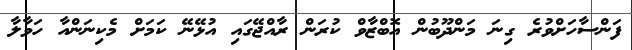
ފަންސާހަށްވުރެ ގިނަ މަންދޫބުން އޮބްޒާވް ކުރަން ރާއްޖޭގައި އުޅޭނޭ ކަމަށް މެކިނަންއާ ހަވާލާ